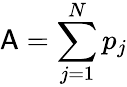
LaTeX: \mathsf{A}=\sum_{j=1}^{N}p_{j}